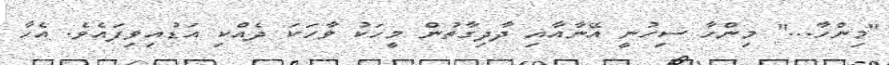
"މިންހާ..." މިންހާ ސިހުނީ އޭނާއާއި ދާދިގާތުން މީހަކު ވާހަކަ ދެއްކި އަޑުއިވިފައެވެ. އެހާ